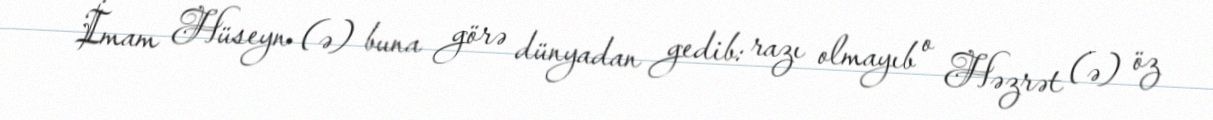
İmam Hüseyn (ə) buna görə dünyadan gedib: razı olmayıb o Həzrət (ə) öz